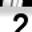
Digit: 2